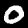
Label: 0